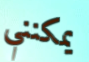
يمكنني